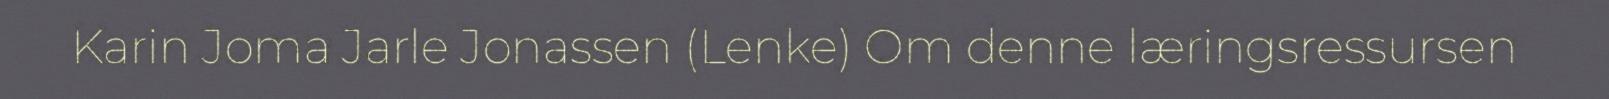
Karin Joma Jarle Jonassen (Lenke) Om denne læringsressursen